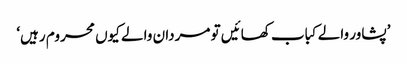
’پشاور والے کباب کھائیں تو مردان والے کیوں محروم رہیں‘